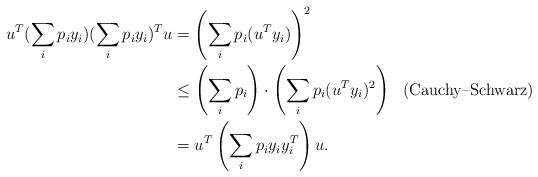
LaTeX: \begin{align*} u^{T}(\sum_{i}p_i y_i)(\sum_{i}p_i y_i)^{T}u &= \left(\sum_{i}p_i (u^{T}y_i)\right)^{2}\\ &\leq \left(\sum_{i}p_{i}\right)\cdot \left(\sum_{i}p_{i}(u^{T}y_i)^{2}\right) &\textrm{(Cauchy--Schwarz)}\\ &= u^{T}\left(\sum_{i}p_i y_{i}y_{i}^{T}\right)u.\end{align*}